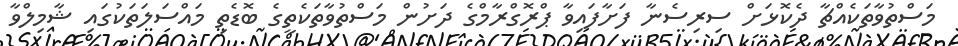
މަސްތުވާތަކެއްޗާ ދެކޮޅަށް ސިރިސެނާ ފަށާފައިވާ ޕްރޮގްރާމްގެ ދަށުން މަސްތުވާތަކެތީގެ ބޮޑެތި މައްސަލަތަކުގައި ޝާމިލްވާ